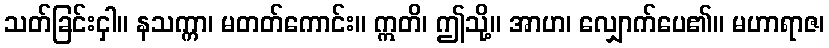
သတ်ခြင်းငှါ။ နသက္ကာ၊ မတတ်ကောင်း။ ဣတိ၊ ဤသို့။ အာဟ၊ လျှောက်ပေ၏။ မဟာရာဇ၊